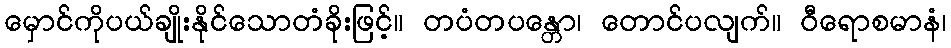
မှောင်ကိုပယ်ချိုးနိုင်သောတံခိုးဖြင့်။ တပံတပန္တော၊ တောင်ပလျက်။ ဝီရောစမာနံ၊